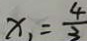
x _ { 1 } = \frac { 4 } { 3 }